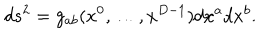
LaTeX: d s ^ { 2 } = g _ { a b } ( x ^ { 0 } , \ldots , x ^ { D - 1 } ) d x ^ { a } d x ^ { b } .